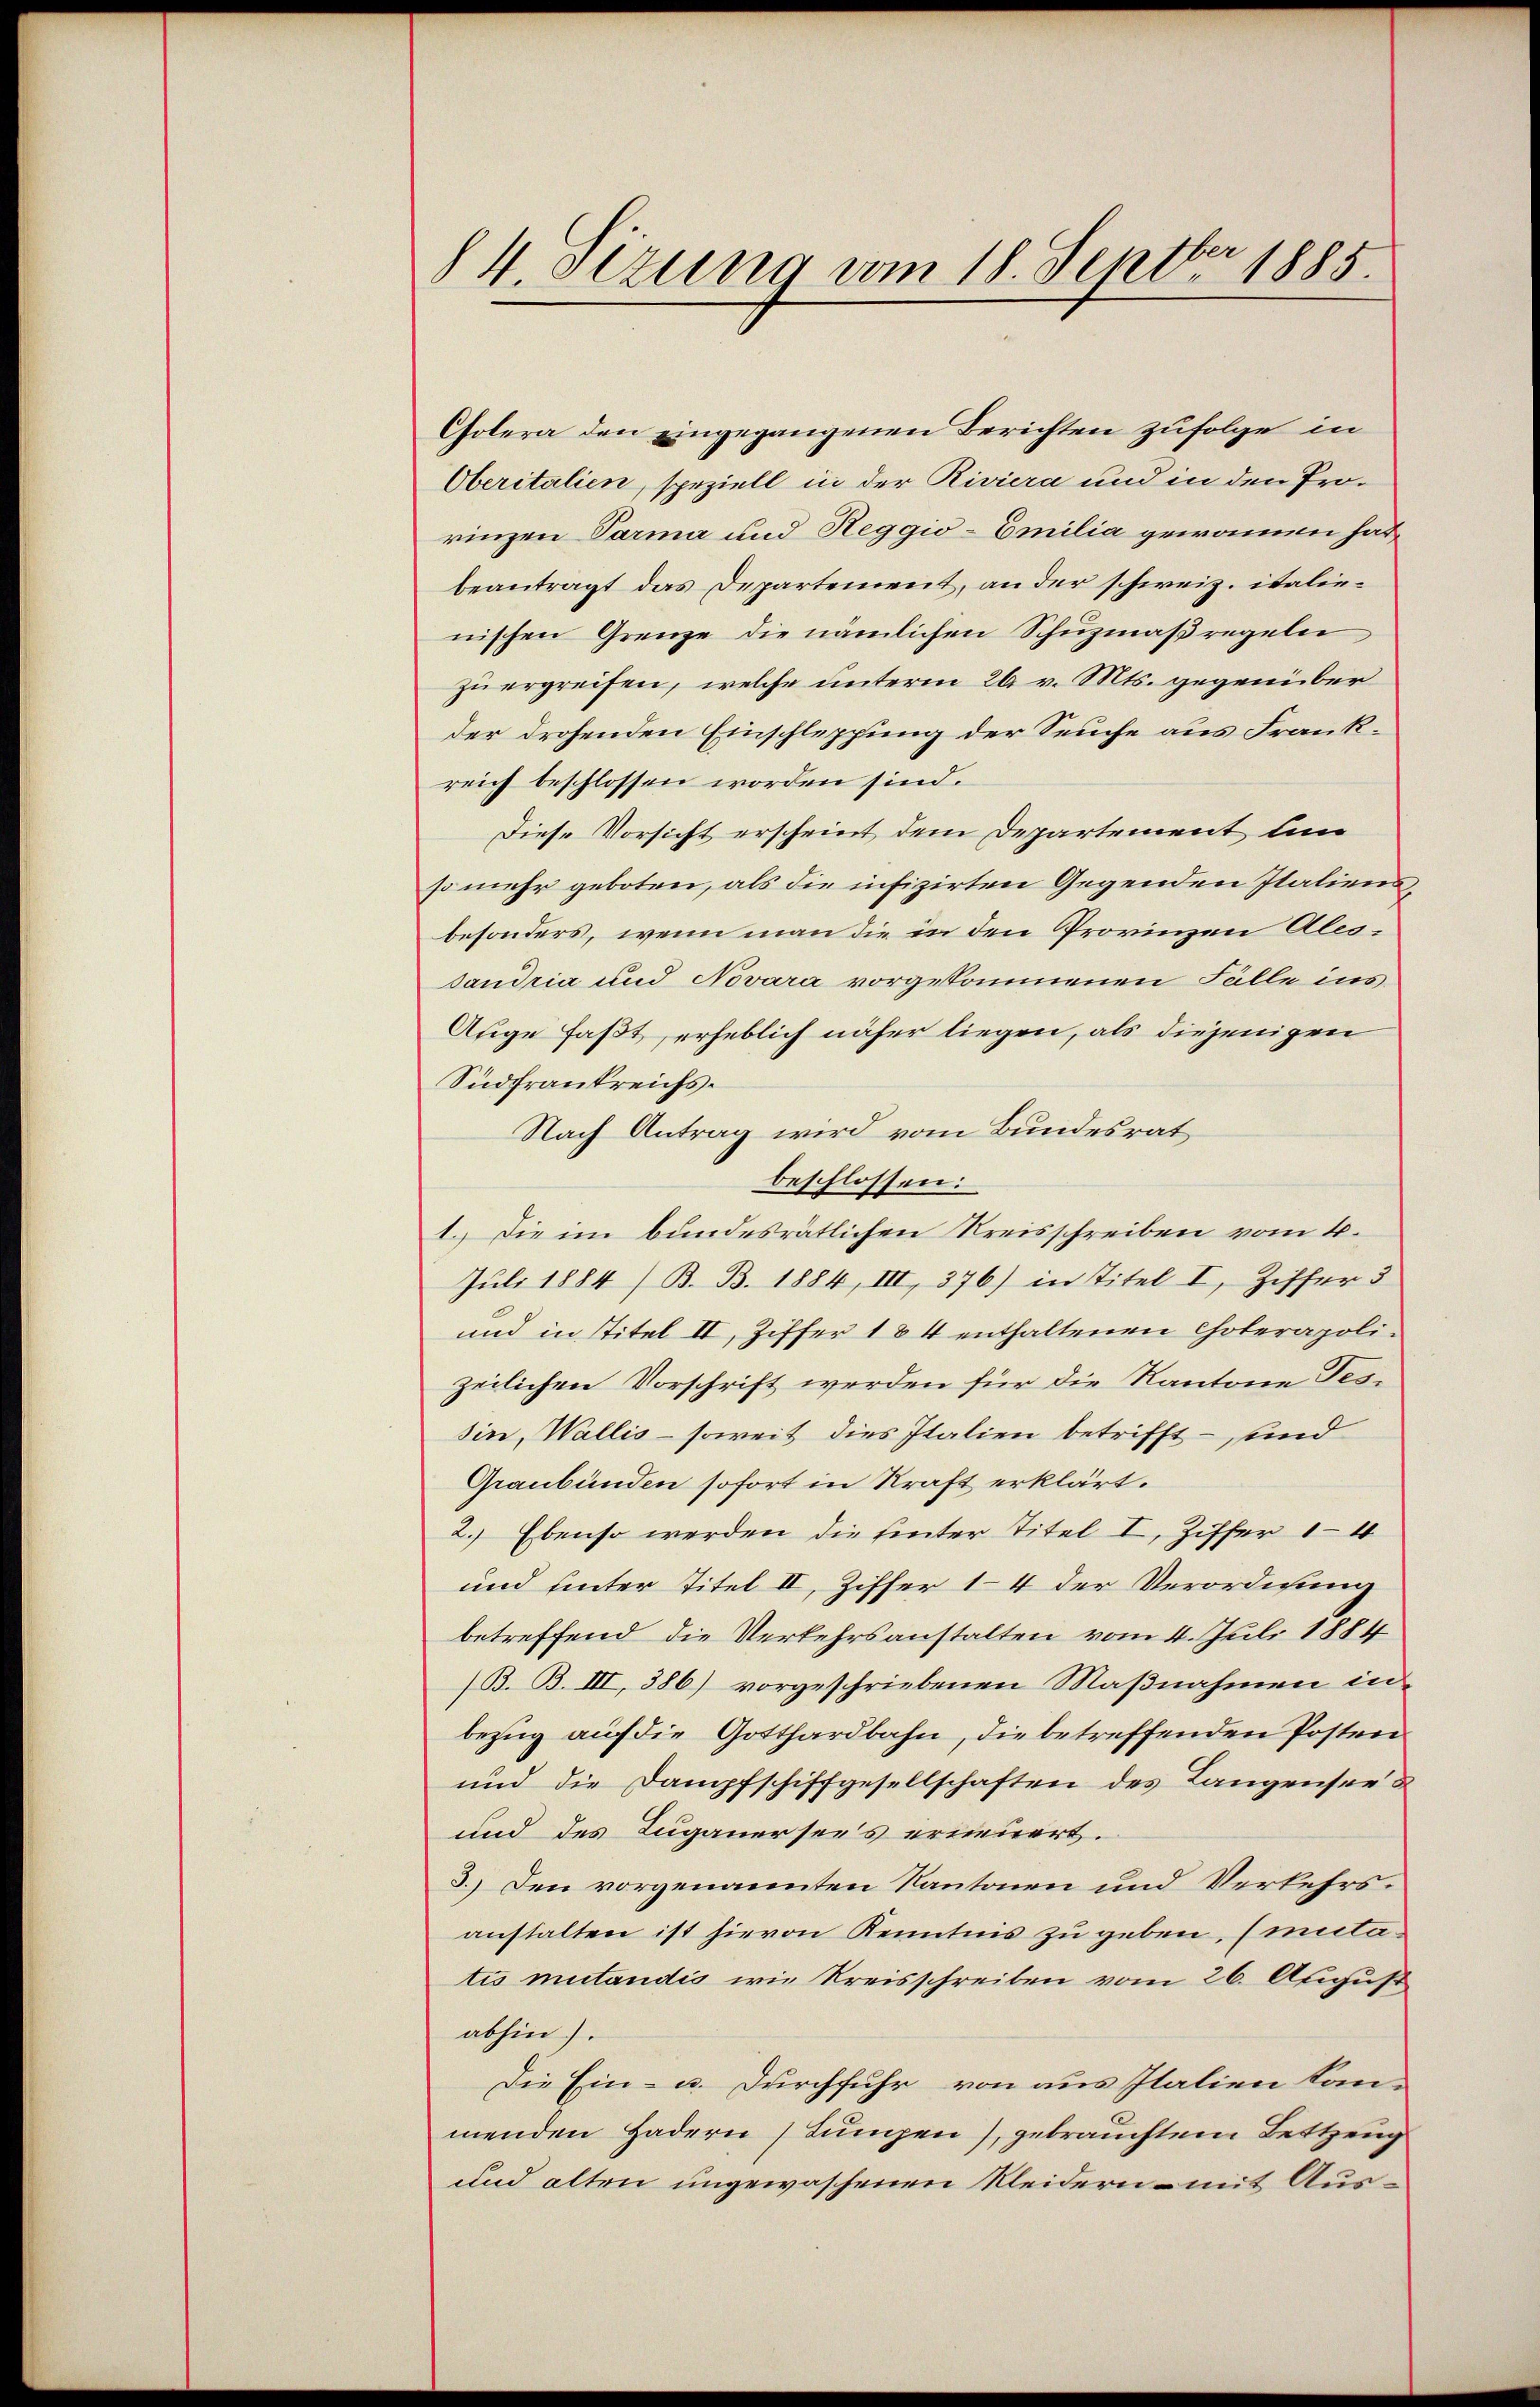
§ 4. Sitzung vom 18. Septbr. 1885.

Cholera den eingegangenen Berichten zufolge in
Oberitalien, speziell in der Riviera und in den Prorinzen Parma und Reggio-Emilia gewamen hat
beantragt das Departement, an der schweiz. italienischen Grenze die nämlichen Schuzmaßregeln
zu ergreifen, welche unterm 26 v. Mts. gegenüber
der drohenden Einschleppung der Seuche aus Frankreich beschlossen worden sind.
Diese Vorsicht erscheint dem Departement un
so mehr geboten, als die infizirten Gegenden Italiensbesonders, wenn man die in den Provinzen Alessandria und Novara vorgekommenen Fälle ins
Auge faßt, erheblich näher liegen, als diejenigen
Südfrankreichs.
Nach Antrag wird vom Bundesrat
beschlossen:
1. Die im bundesrätlichen Kreisschreiben vom 4.
Juli 1884/B. B. 1884, III, 376) in Titel I Ziffer 3
und in Titel II, Ziffer 184 enthaltenen Cholerapolizeilichen Vorschrift werden für die Kantone Fessin, Wallis - soweit dies Italien betrifft – und
Graubünden sofort in Kraft erklärt.
2.) Ebenso werden die hinter Titel I, Ziffer 14
und hinter Titel II, Ziffer 14 der Verordnung
betreffend die Verkehrsanstalten vom 4. Juli 1884
(B. B. III, 386) vorgeschriebenen Maßnahmen in
bezug auf die Gotthardbahn, die betreffenden Posten
und die Dampfschiffgesellschaften des Langensee u
und des Luganersees erneuert.
3.) Den vorgenannten Kantonen und Verkehrsanstalten ist hievon Kenntnis zu geben, (mitatis mutandis wie Kreisschreiben vom 26. August
abhin).
Die Ein- u. Durchfuhr von aus Italien kan-
menden Hadern (Lungen), gebrauchtem Bettzeug
und alten ungewaschenen Kleidern mit Aus¬